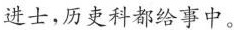
进士，历史科都给事中。